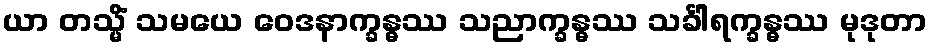
ယာ တသ္မိံ သမယေ ဝေဒနာက္ခန္ဓဿ သညာက္ခန္ဓဿ သင်္ခါရက္ခန္ဓဿ မုဒုတာ